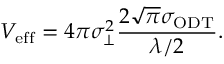
V _ { \mathrm { e f f } } = 4 \pi \sigma _ { \perp } ^ { 2 } \frac { 2 \sqrt { \pi } \sigma _ { \mathrm { O D T } } } { \lambda / 2 } .